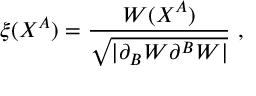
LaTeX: \xi ( X ^ { A } ) = \frac { W ( X ^ { A } ) } { \sqrt { | \partial _ { B } W \partial ^ { B } W | } } ~ ,